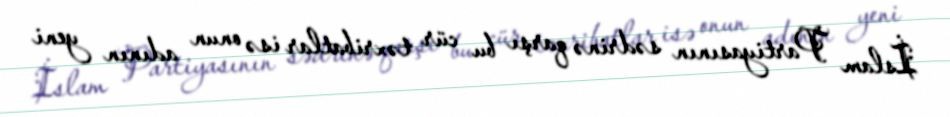
İslam Partiyasının sədrinə qarşı bu cür təxribatlar isə onun adının yeni